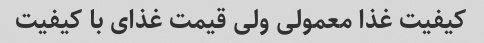
کیفیت غذا معمولی ولی قیمت غذای با کیفیت